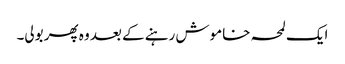
ایک لمحہ خاموش رہنے کے بعد وہ پھر بولی۔